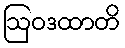
ဩဝဒထာတိ